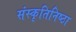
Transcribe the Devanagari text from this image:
संस्कृतिनिष्ठा